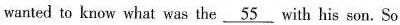
wanted to know what was the \underline{55} with his son. So